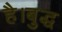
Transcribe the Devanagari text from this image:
है।बुद्ध